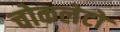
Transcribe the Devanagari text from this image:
चोकलेटों